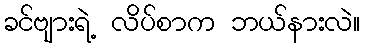
ခင်ဗျားရဲ့ လိပ်စာက ဘယ်နားလဲ။